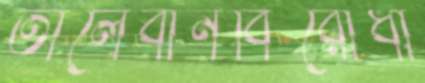
তালেবানবিরোধী